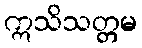
ဣသိသတ္တမ